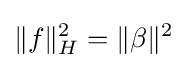
\|f\|_{H}^{2}=\|\beta \|^{2}